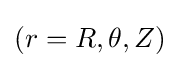
(r=R,\theta ,Z)